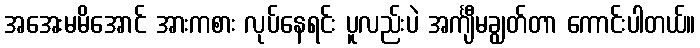
အအေးမမိအောင် အားကစား လုပ်နေရင်း ပူလည်းပဲ အင်္ကျီမချွတ်တာ ကောင်းပါတယ်။